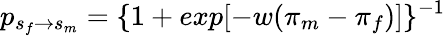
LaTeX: p_{s_{f}\to s_{m}}=\{ 1+exp[-w(\pi_{m}-\pi_{f})]\} ^{-1}